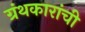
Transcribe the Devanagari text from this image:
ग्रंथकारांची